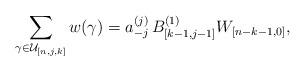
LaTeX: \begin{align*}\sum_{\gamma\in\mathcal{U}_{[n,j,k]}}w(\gamma)=a_{-j}^{(j)}\, B_{[k-1,j-1]}^{(1)} W_{[n-k-1,0]},\end{align*}